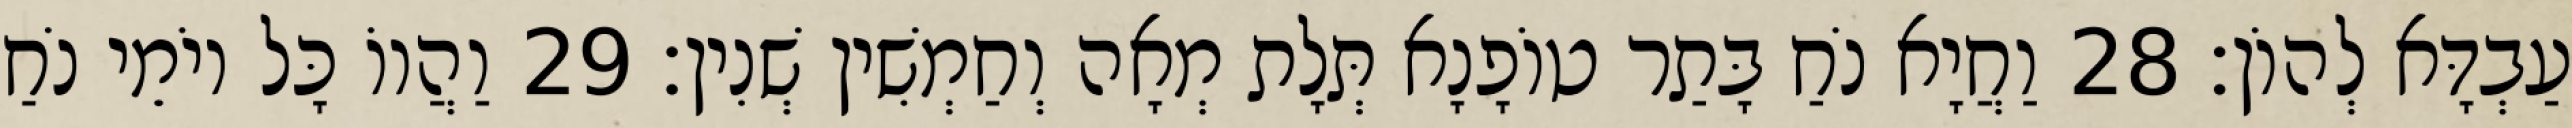
עַבְדָּא לְהוֹן׃ 28 וַחֲיָא נֹחַ בָּתַר טוֹפָנָא תְּלָת מְאָה וְחַמְשִׁין שְׁנִין׃ 29 וַהֲווֹ כָּל יוֹמֵי נֹחַ